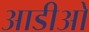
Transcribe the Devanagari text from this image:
आडीओ